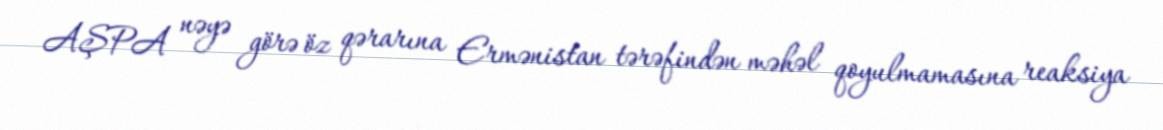
AŞPA nəyə görə öz qərarına Ermənistan tərəfindən məhəl qoyulmamasına reaksiya